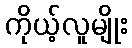
ကိုယ့်လူမျိုး